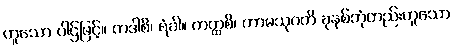
ဟူသော ပါဌ်ဖြင့်။ ကဒါစိ၊ ရံခါ။ ကတ္ထစိ၊ ကာမသုဂတိ ခုနစ်ဘုံတည်းဟူသော